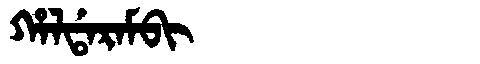
Manchu: ᡥᠠᠯᡩᠠᡵᠠᠮᠪᡳ
Romanization: HALDARAMBI